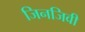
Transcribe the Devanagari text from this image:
जिनजिवी